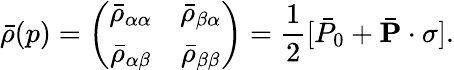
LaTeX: \bar{\rho}(p)=\left(\begin{array}{cc}{{\bar{\rho}_{\alpha\alpha}}}&{{\bar{\rho}_{\beta\alpha}}}\\ {{\bar{\rho}_{\alpha\beta}}}&{{\bar{\rho}_{\beta\beta}}}\end{array}\right)=\frac{1}{2}[\bar{P}_{0}+\bar{{\mathbf P}}\cdot{\mathbf\sigma}].